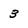
Character: 3